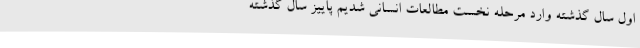
اول سال گذشته وارد مرحله نخست مطالعات انسانی شدیم پاییز سال گذشته